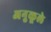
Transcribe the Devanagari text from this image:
अनुकूले